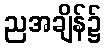
ညအချိန်၌